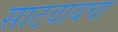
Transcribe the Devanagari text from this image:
साठवायचा